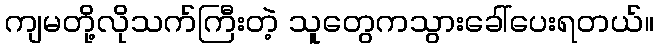
ကျမတို့လိုသက်ကြီးတဲ့ သူတွေကသွားခေါ်ပေးရတယ်။